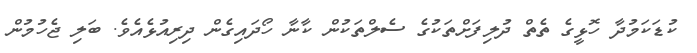
ކުޑަކަމުދާ ހޮޅީގެ ތެތް ދުލިފަށްތަކުގެ ސެލްތަކުން ކާނާ ހޯދައިގެން ދިރިއުޅެއެވެ. ބަލި ޖެހުމުން